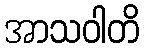
အာသဝါတိ